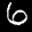
Label: 6